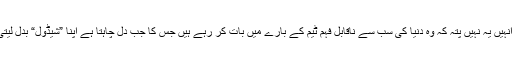
مگر انہیں یہ نہیں پتہ کہ وہ دنیا کی سب سے ناقابل فہم ٹیم کے بارے میں بات کر رہے ہیں جس کا جب دل چاہتا ہے اپنا ”شیڈول“ بدل لیتی ہے۔